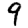
Digit: 9